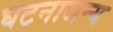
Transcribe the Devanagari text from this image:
घटनाजन्य